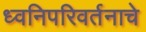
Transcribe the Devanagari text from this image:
ध्वनिपरिवर्तनाचे